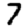
Digit: 7